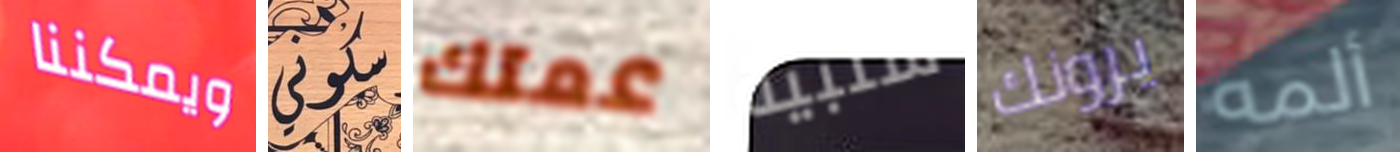
ويمكننا سكوني عمتك سلبية يرونك ألمه